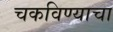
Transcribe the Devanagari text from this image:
चकविण्याचा